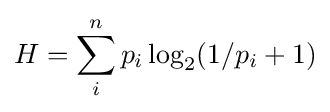
H=\sum _{i}^{n}p_{i}\log _{2}(1/p_{i}+1)